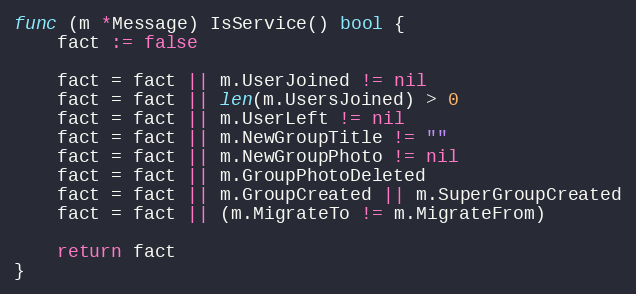
Language: Go
func (m *Message) IsService() bool {
	fact := false

	fact = fact || m.UserJoined != nil
	fact = fact || len(m.UsersJoined) > 0
	fact = fact || m.UserLeft != nil
	fact = fact || m.NewGroupTitle != ""
	fact = fact || m.NewGroupPhoto != nil
	fact = fact || m.GroupPhotoDeleted
	fact = fact || m.GroupCreated || m.SuperGroupCreated
	fact = fact || (m.MigrateTo != m.MigrateFrom)

	return fact
}